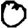
Digit: 0